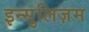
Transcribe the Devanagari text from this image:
इन्सुलिज़म